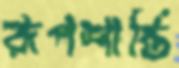
রূপশান্তি